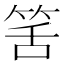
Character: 筈